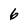
Character: 6